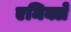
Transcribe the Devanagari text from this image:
एमिक्ले